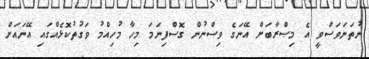
ނުތަނަވަސްވީ އެ މިޞްރާބަށް އޭނަގެ ވިސްނުން ގޮސްފިނަމަ މިހާ މުހިއްމު ވަގުތުކޮޅެއްގައި އޭނައަށް